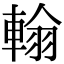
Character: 𨌺